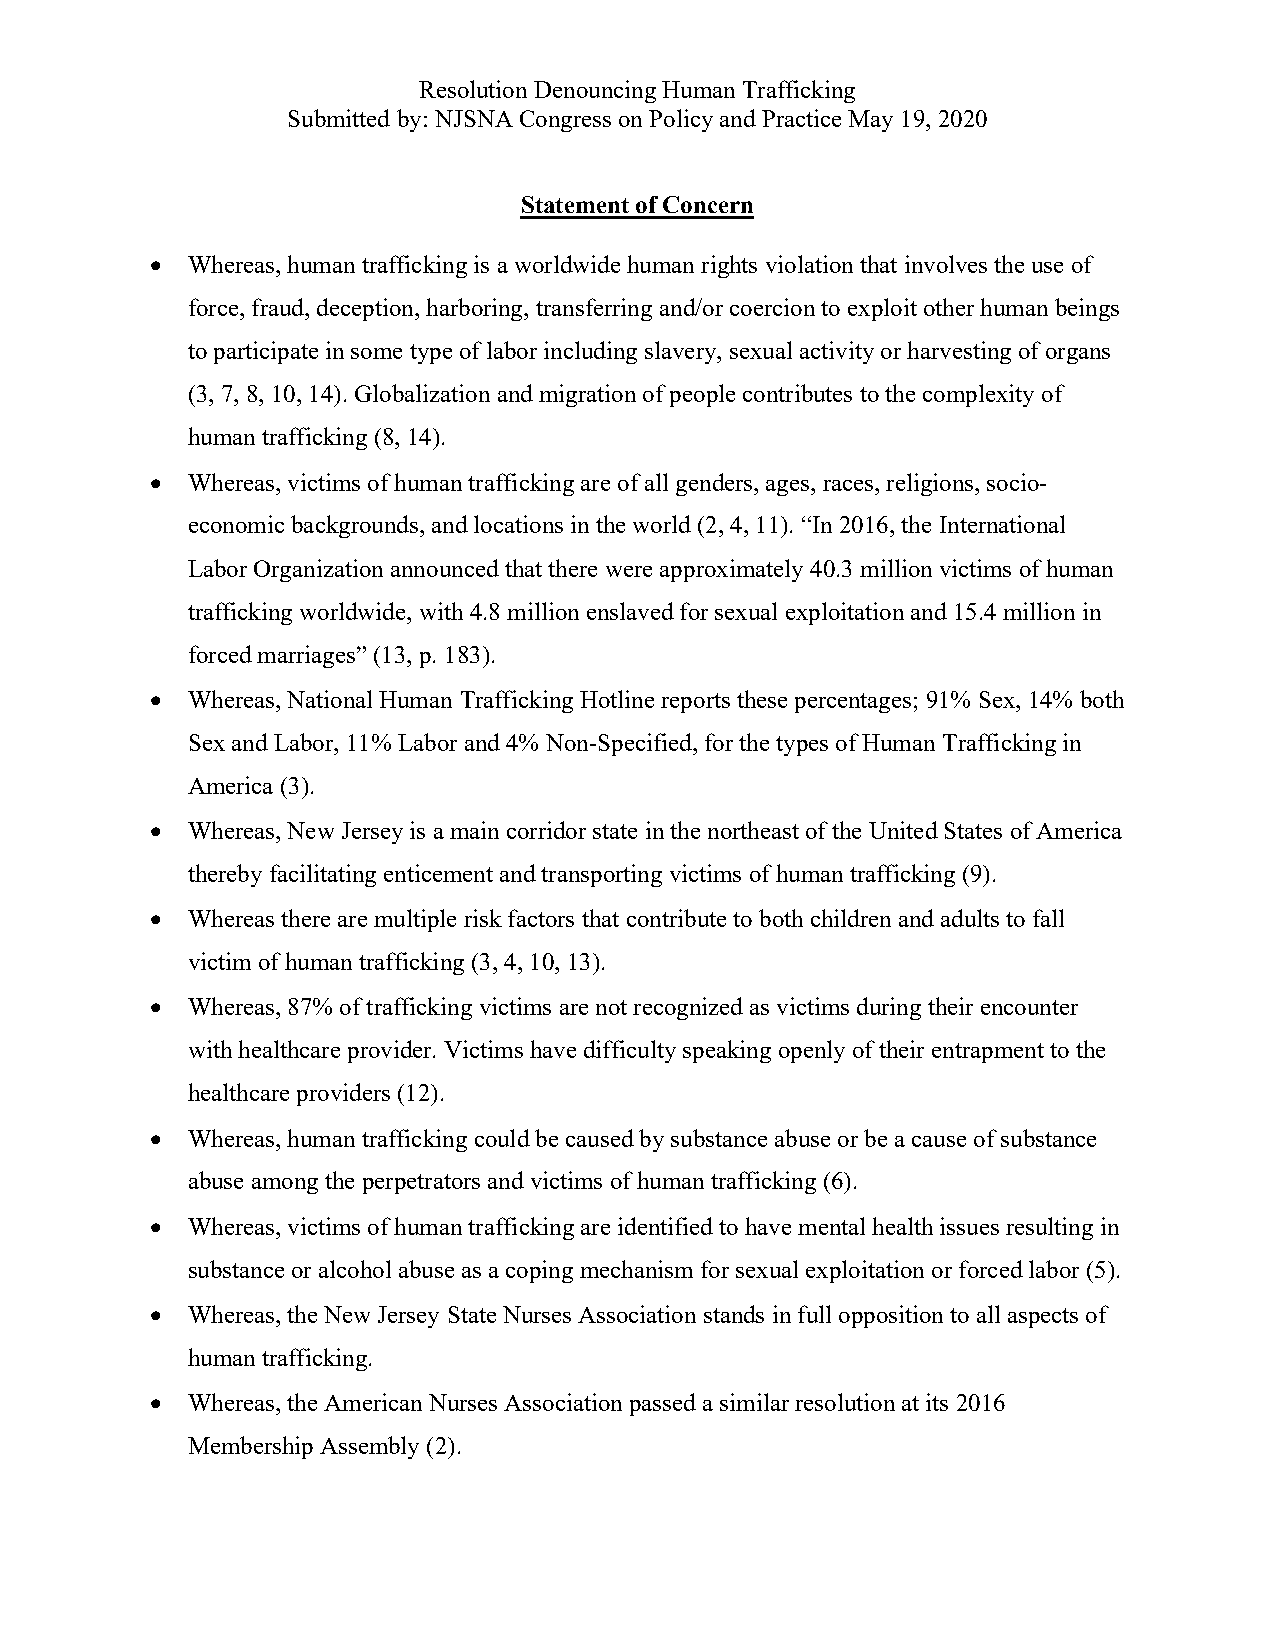
Resolution Denouncing Human Trafficking
 Submitted by: NJSNA Congress on Policy and Practice May 19, 2020
 Statement of Concern
 • Whereas, human trafficking is a worldwide human rights violation that involves the use of
 force, fraud, deception, harboring, transferring and/or coercion to exploit other human beings
 to participate in some type of labor including slavery, sexual activity or harvesting of organs
 (3, 7, 8, 10, 14). Globalization and migration of people contributes to the complexity of
 human trafficking (8, 14).
 • Whereas, victims of human trafficking are of all genders, ages, races, religions, socio-
 economic backgrounds, and locations in the world (2, 4, 11). “In 2016, the International
 Labor Organization announced that there were approximately 40.3 million victims of human
 trafficking worldwide, with 4.8 million enslaved for sexual exploitation and 15.4 million in
 forced marriages” (13, p. 183).
 • Whereas, National Human Trafficking Hotline reports these percentages; 91% Sex, 14% both
 Sex and Labor, 11% Labor and 4% Non-Specified, for the types of Human Trafficking in
 America (3).
 • Whereas, New Jersey is a main corridor state in the northeast of the United States of America
 thereby facilitating enticement and transporting victims of human trafficking (9).
 • Whereas there are multiple risk factors that contribute to both children and adults to fall
 victim of human trafficking (3, 4, 10, 13).
 • Whereas, 87% of trafficking victims are not recognized as victims during their encounter
 with healthcare provider. Victims have difficulty speaking openly of their entrapment to the
 healthcare providers (12).
 • Whereas, human trafficking could be caused by substance abuse or be a cause of substance
 abuse among the perpetrators and victims of human trafficking (6).
 • Whereas, victims of human trafficking are identified to have mental health issues resulting in
 substance or alcohol abuse as a coping mechanism for sexual exploitation or forced labor (5).
 • Whereas, the New Jersey State Nurses Association stands in full opposition to all aspects of
 human trafficking.
 • Whereas, the American Nurses Association passed a similar resolution at its 2016
 Membership Assembly (2).